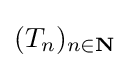
(T_{n})_{n\in \mathbf {N} }